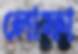
লোফা